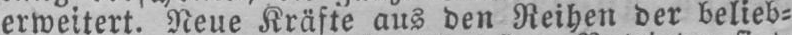
erweitert. Neue Kräfte aus den Reihen der belieb⸗